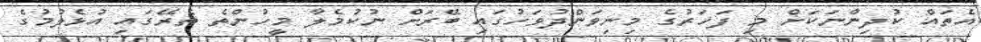
އެތައް ކުދިންނަކަށް މި ފަހަރުގެ މިނިވަންދުވަހުގައި ބޭރަށް ނުކުމެލާ މީހުންތެ ތެރޭގައި އުޅެލުމުގެ